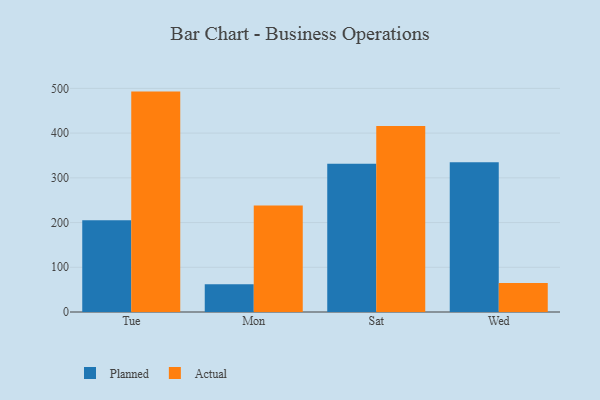
{"axis": {"x": "Day", "y": "Waste Production (Tons)"}, "legend": ["Actual", "Planned"], "data": [{"x": "Tue", "y": 205.2, "type": "Planned"}, {"x": "Tue", "y": 492.8, "type": "Actual"}, {"x": "Mon", "y": 61.8, "type": "Planned"}, {"x": "Mon", "y": 238.3, "type": "Actual"}, {"x": "Sat", "y": 331.2, "type": "Planned"}, {"x": "Sat", "y": 415.7, "type": "Actual"}, {"x": "Wed", "y": 335.0, "type": "Planned"}, {"x": "Wed", "y": 64.7, "type": "Actual"}]}